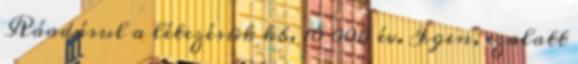
Ráadásul a létezésük kb. 10 000 év. Igen, ezalatt